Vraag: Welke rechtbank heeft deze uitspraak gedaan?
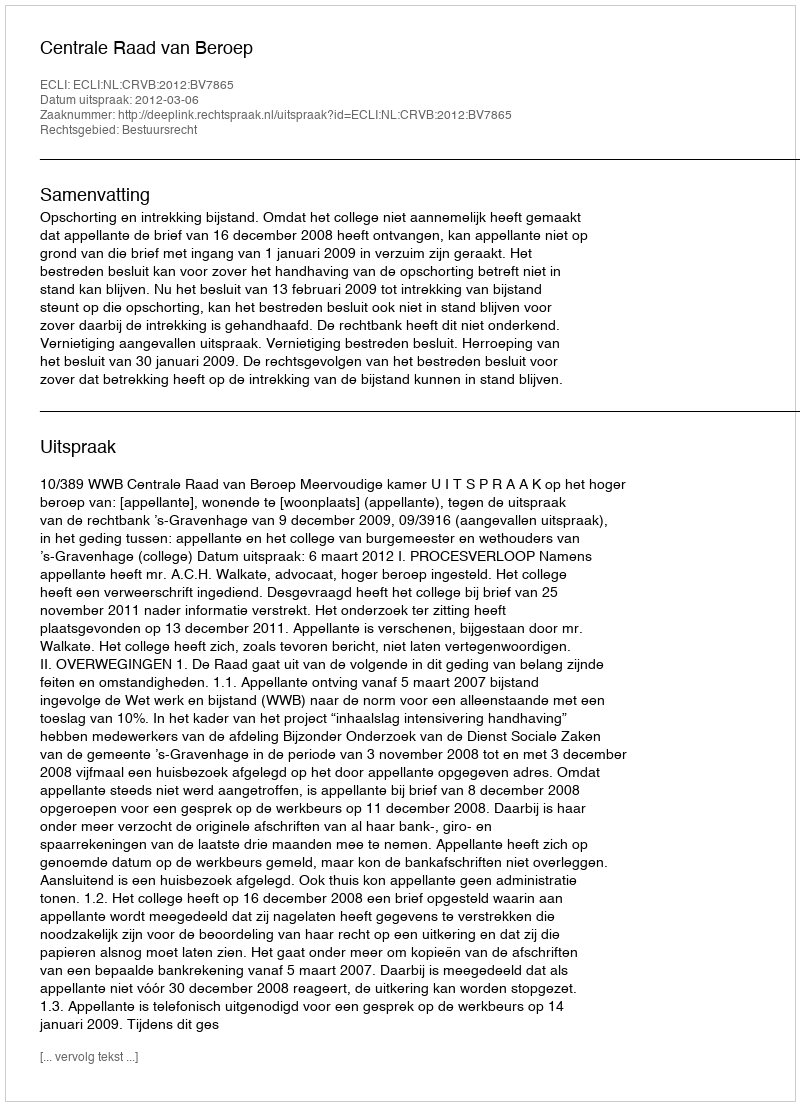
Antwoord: Centrale Raad van Beroep